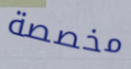
مخصصة